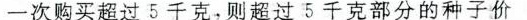
一次购买超过5千克，则超过5千克部分的种子